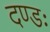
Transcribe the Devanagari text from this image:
दण्डः